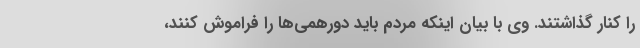
را کنار گذاشتند. وی با بیان اینکه مردم باید دورهمی‌ها را فراموش کنند،